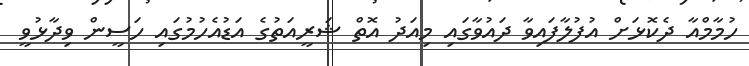
ހުމާމްއާ ދެކޮޅަށް އުފުލާފައިވާ ދައުވާގައި މިއަދު އޮތް ޝަރީއަތުގެ އަޑުއެހުމުގައި ހަސީން ވިދާޅުވީ